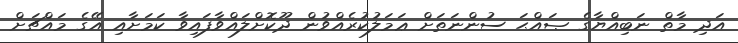
އަދި މާތް ނަބިއްޔާގެ ޞައްޙަ ސުންނަތަށް ޢަމަލުކުރެއްވުން ދޫކޮށްލައްވާފައިވާ ކަމަށާއި އޭގެ މައްޗަށް